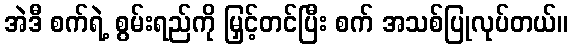
အဲဒီ စက်ရဲ့ စွမ်းရည်ကို မြှင့်တင်ပြီး စက် အသစ်ပြုလုပ်တယ်။